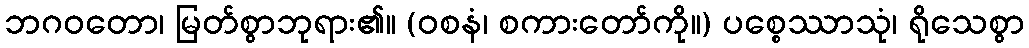
ဘဂဝတော၊ မြတ်စွာဘုရား၏။ (ဝစနံ၊ စကားတော်ကို။) ပစ္စေဿာသုံ၊ ရိုသေစွာ